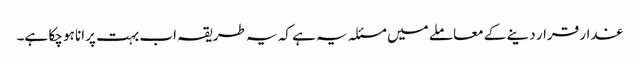
غدار قرار دینے کے معاملے میں مسئلہ یہ ہے کہ یہ طریقہ اب بہت پرانا ہو چکا ہے۔